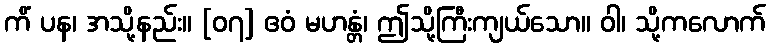
ကိံ ပန၊ အသို့နည်း။ [၀၇] ဧဝံ မဟန္တံ၊ ဤသို့ကြီးကျယ်သော။ ဝါ၊ သို့ကလောက်